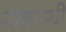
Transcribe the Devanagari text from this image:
नरमपन्थी